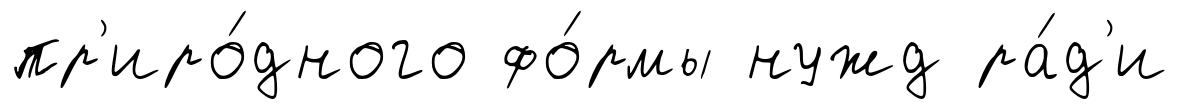
пр'иро́дного фо́рмы нужд ра́д'и